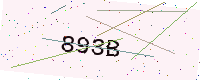
Text: 893B